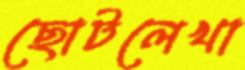
ছোটলেখা